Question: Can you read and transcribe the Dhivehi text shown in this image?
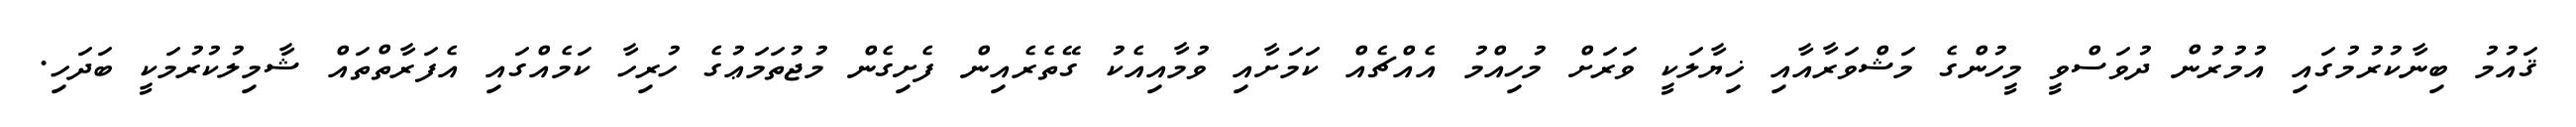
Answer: ޤައުމު ބިނާކުރުމުގައި އުމުރުން ދުވަސްވީ މީހުންގެ މަޝްވަރާއާއި ޚިޔާލަކީ ވަރަށް މުހިއްމު އެއްޗެއް ކަމަށާއި ވުމާއިއެކު ގޭތެރެއިން ފެށިގެން މުޖުތަމަޢުގެ ހުރިހާ ކަމެއްގައި އެފަރާތްތައް ޝާމިލުކުރުމަކީ ބަދަހި.